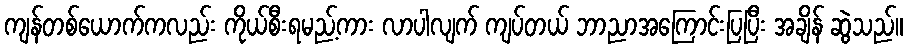
ကျန်တစ်ယောက်ကလည်း ကိုယ်စီးရမည့်ကား လာပါလျက် ကျပ်တယ် ဘာညာအကြောင်းပြပြီး အချိန် ဆွဲသည်။